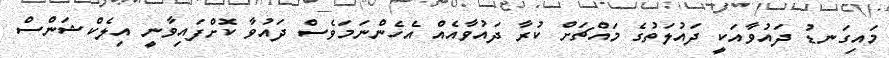
މައިގަނޑު ދައުވާއަކީ ދައުލަތުގެ މައްޗަށް ކުރާ ދައުވާއެއް އެހެންނަމަވެސް ދައުވާ ކޮށްފައިވާނީ އިލެކްޝަންސް